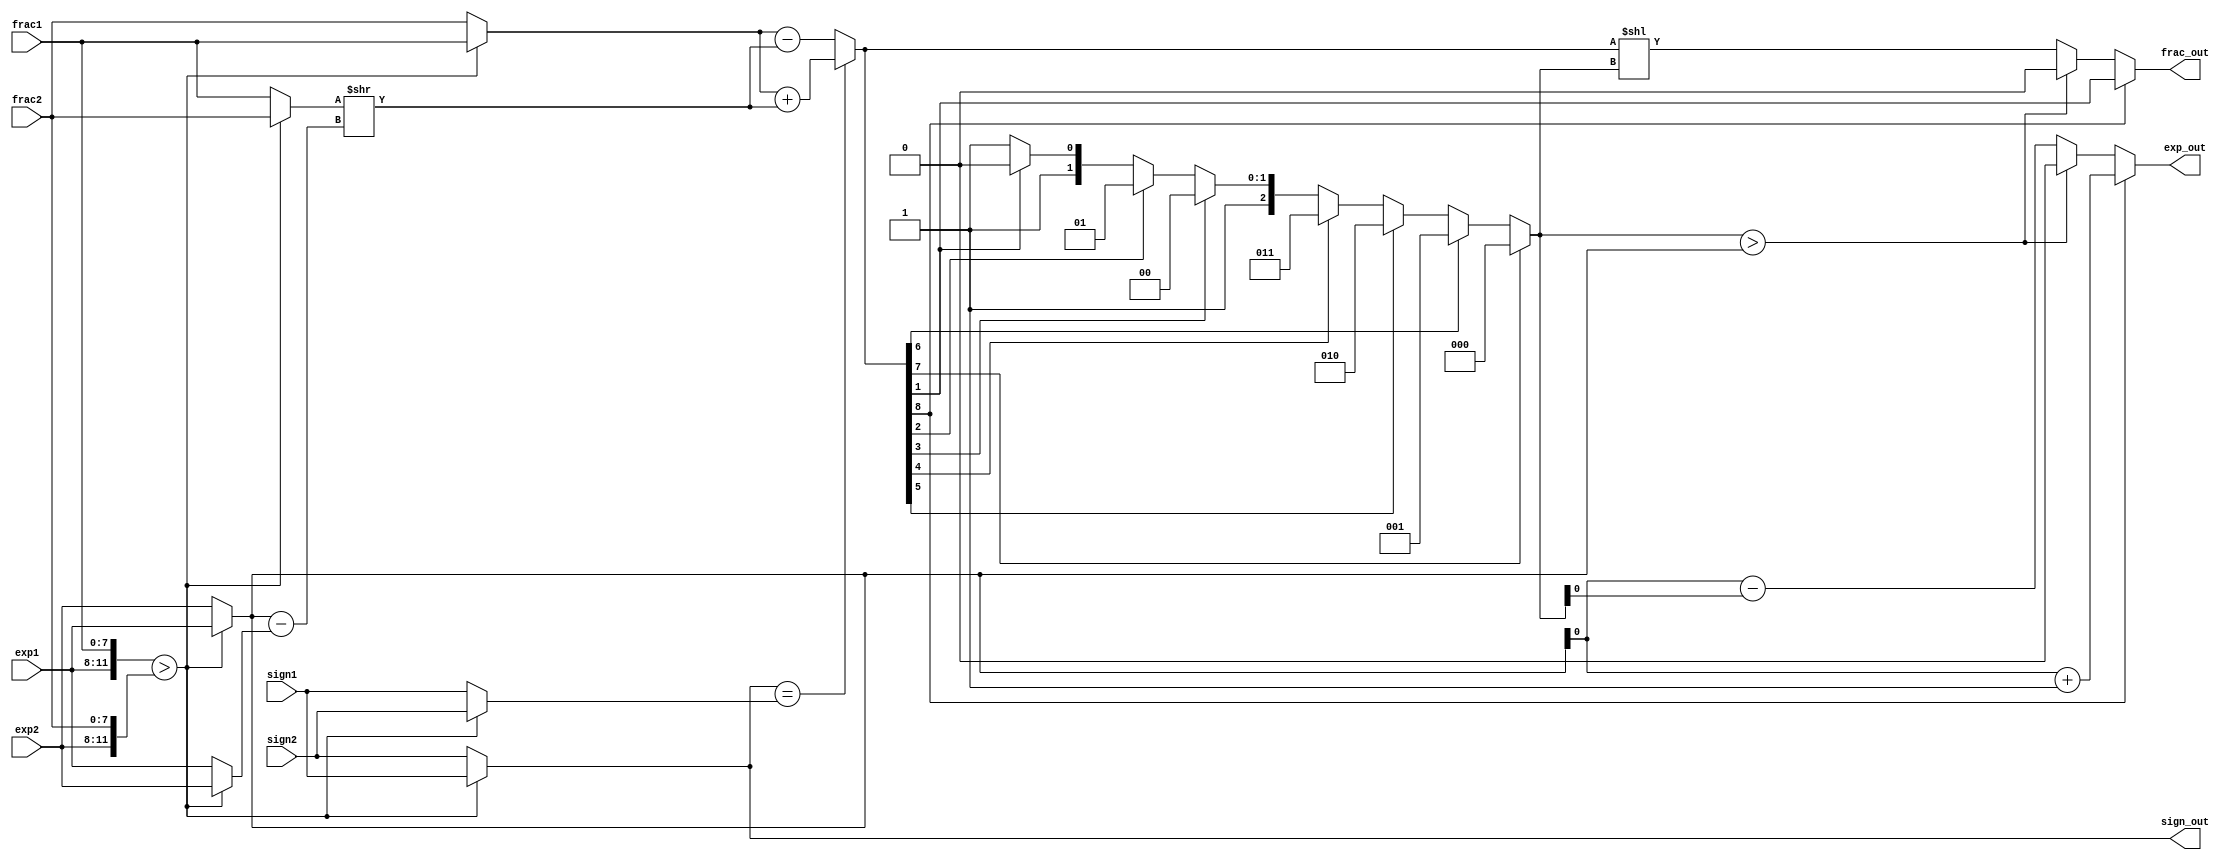

module floating_point (sign1,sign2,frac1,frac2,exp1,exp2,sign_out,frac_out,exp_out);

input wire sign1 , sign2;
input wire [7:0] frac1 , frac2;
input wire [3:0] exp1 , exp2;
output reg sign_out;
output reg frac_out;
output reg exp_out;

reg signs,signb;
reg [7:0] fracs,fracb,fraca,fracn,sum_norm;
reg [3:0] exps,expb,expn,exp_diff;
reg [8:0] sum;
reg [2:0] lead0;

always @*
begin 
  if ({exp1,frac1} > {exp2,frac2})
    begin
	    signb = sign1;
		signs = sign2;
		expb  = exp1;
		exps  = exp2;
		fracb = frac1;
		fracs = frac2;
	 end
else 
    begin
	    signb = sign2;
		signs = sign1;
		expb  = exp2;
		exps  = exp1;
		fracb = frac2;
		fracs = frac1;
	 end
	 
exp_diff = expb - exps ;
fraca = fracs >> exp_diff;

if (signb == signs)
  sum = { 1'b0,fracb } + { 1'b0,fraca };
else
  sum = { 1'b0,fracb } - { 1'b0,fraca };
	 
if (sum[7])
  lead0 = 3'o0;
else if (sum[6])
  lead0 = 3'o1;
else if (sum[5])
  lead0 = 3'o2;
else if (sum[4])
  lead0 = 3'o3;
else if (sum[3])
  lead0 = 3'o4;
else if (sum[2])
  lead0 = 3'o5;
else if (sum[1])
  lead0 = 3'o6;
else 
  lead0 = 3'o7;
  
 sum_norm = sum << lead0;

 if(sum[8])
    begin 
	   expn = expb + 1;
		fracn = sum[8:1];
    end
else if (lead0 > expb)
   begin 
	 expn = 0;
	 fracn = 0;
	 end
else 
   begin 
	 expn = expb - lead0;
	 fracn = sum_norm;
	 end
	
sign_out = signb;
exp_out  = expn;
frac_out = fracn;
end 
endmodule